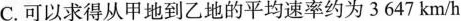
C.可以求得从甲地到乙地的平均速率约为3647km/h